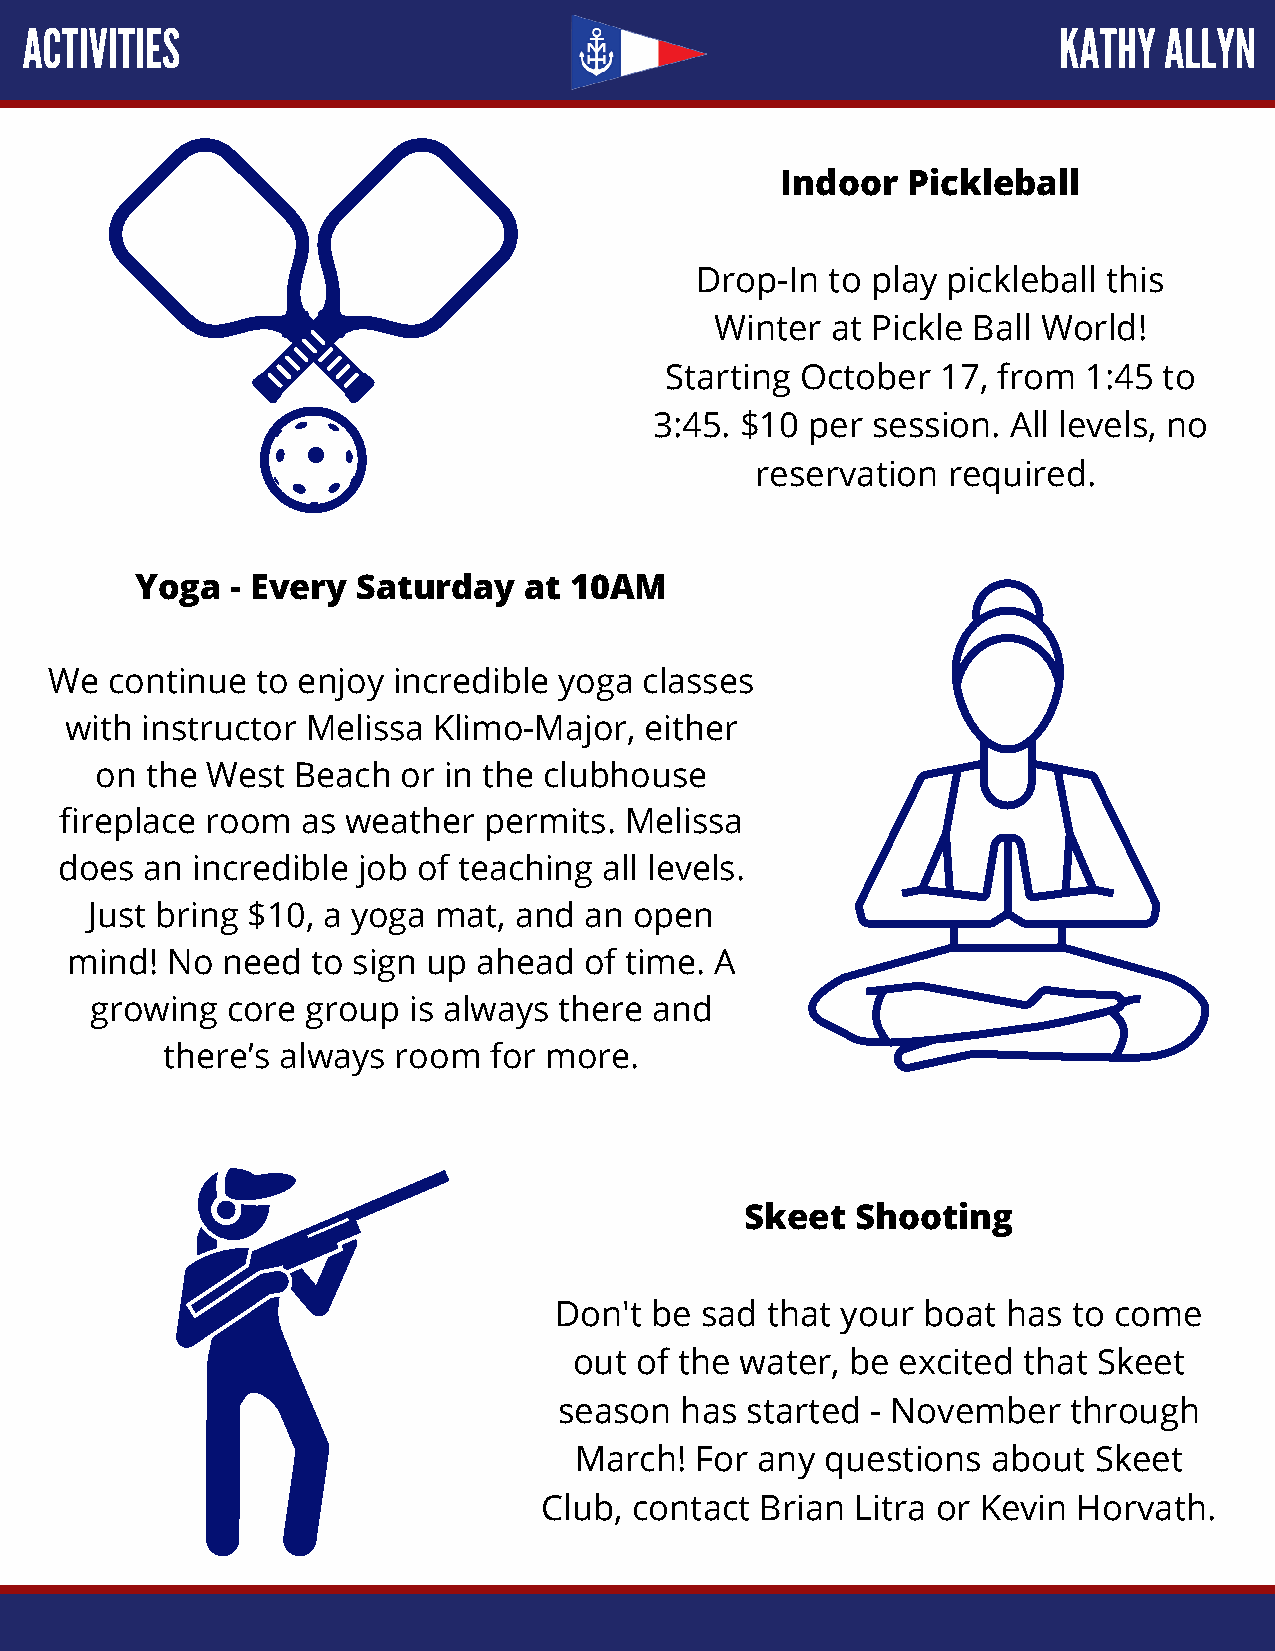
ACTIVITIES                                                           KATHY  ALLYN
 Indoor  Pickleball
 Drop-In  to play pickleball this
 Winter  at Pickle Ball World!
 Starting October  17, from  1:45 to
 3:45. $10 per  session. All levels, no
 reservation  required.
 Yoga  - Every  Saturday   at 10AM
 We  continue  to enjoy incredible yoga  classes
 with instructor Melissa  Klimo-Major,  either
 on  the West Beach   or in the clubhouse
 fireplace room  as weather  permits. Melissa
 does an  incredible job of teaching all levels.
 Just bring $10, a yoga mat, and  an open
 mind!  No  need  to sign up ahead  of time. A
 growing  core group  is always there and
 there’s always room  for more.
 Skeet   Shooting
 Don't be sad  that your boat  has to come
 out of the water, be excited  that Skeet
 season  has started  - November   through
 March!  For any  questions  about Skeet
 Club, contact Brian  Litra or Kevin Horvath.